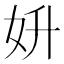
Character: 𡛈